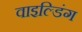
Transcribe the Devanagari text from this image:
वाइल्डिंग